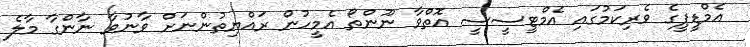
އެމްޑީޕީގެ ވެރިކަމުގައި އެމްޓީސީސީ އޮތްވާ ނޫންތޯ އެމީހުން ރައްޔިތުންނަށް ވާނުވާ ނާންގާ މާލެ